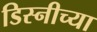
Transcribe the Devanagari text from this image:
डिस्नीच्या